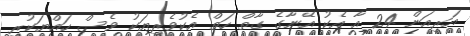
އަރިއަން 24 އާ އެކު އޭނާގެ ގާތް ހަތް އެކުވެރިޔަކު ވެސް ހައްޔަކުރި